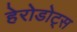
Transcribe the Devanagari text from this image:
हेरोडोट्स